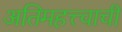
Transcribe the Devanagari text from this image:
अतिमहत्त्वाची